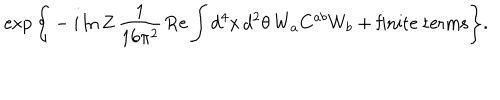
LaTeX: \exp \Bigg \{ - i \ln Z \, \frac { 1 } { 1 6 \pi ^ { 2 } } \, \mathrm { R e } \int d ^ { 4 } x \, d ^ { 2 } \theta \, W _ { a } C ^ { a b } W _ { b } + \mathrm { f i n i t e ~ t e r m s } \Bigg \} .